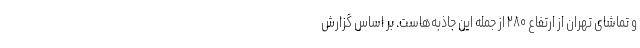
و تماشای تهران از ارتفاع ۲۸۰ از جمله این جاذبه‌هاست. بر اساس گزارش